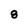
Character: 8